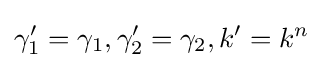
\gamma _{1}'=\gamma _{1},\gamma _{2}'=\gamma _{2},k'=k^{n}